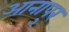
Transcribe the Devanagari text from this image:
आनापुर